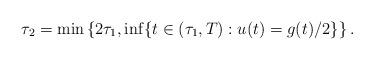
LaTeX: \begin{align*}\tau_2 = \min \left\{ 2 \tau_1, \inf \{ t \in (\tau_1, T) : u(t) = g(t) / 2 \} \right\}.\end{align*}